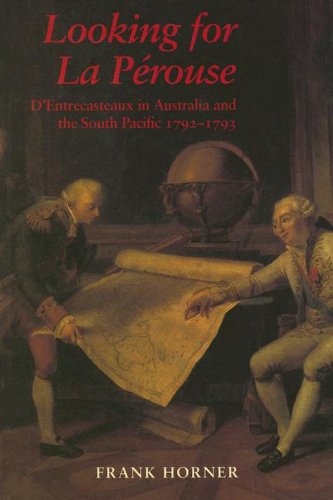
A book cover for Looking for La Perouse: D'Entrecasteaux in Australia and the South Pacific 1792-1793; Frank Horner; History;